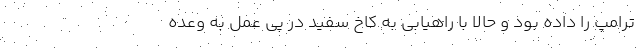
ترامپ را داده بود و حالا با راهیابی به کاخ سفید در پی عمل به وعده